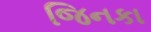
જિનકા